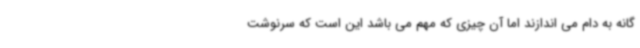
گانه به دام می اندازند اما آن چیزی که مهم می باشد این است که سرنوشت